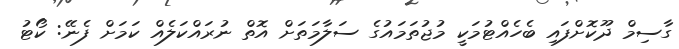
ގާސިމް ދޫކޮށްފައި ބެހެއްޓުމަކީ މުޖުތަމައުގެ ސަލާމަތަށް އޮތް ނުރައްކަލެއް ކަމަށް ފެނޭ: ކޯޓު